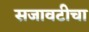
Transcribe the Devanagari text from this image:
सजावटीचा